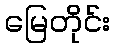
မြေတိုင်း